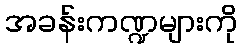
အခန်းကဏ္ဍများကို